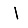
Digit: 1